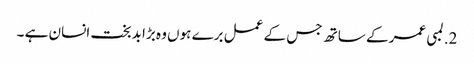
2. لمبی عمر کے ساتھ جس کے عمل برے ہوں وہ بڑا بدبخت انسان ہے ۔